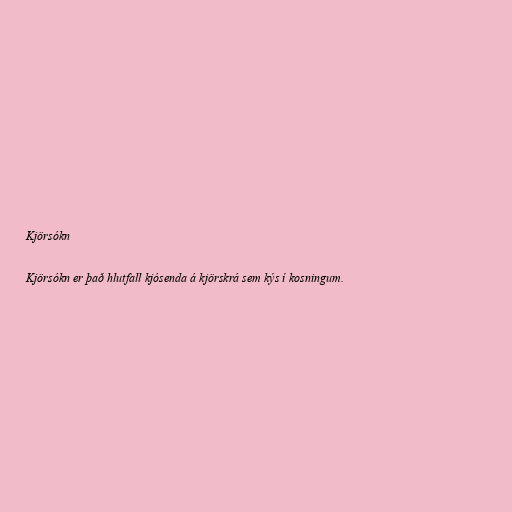
Kjörsókn

Kjörsókn er það hlutfall kjósenda á kjörskrá sem kýs í kosningum.